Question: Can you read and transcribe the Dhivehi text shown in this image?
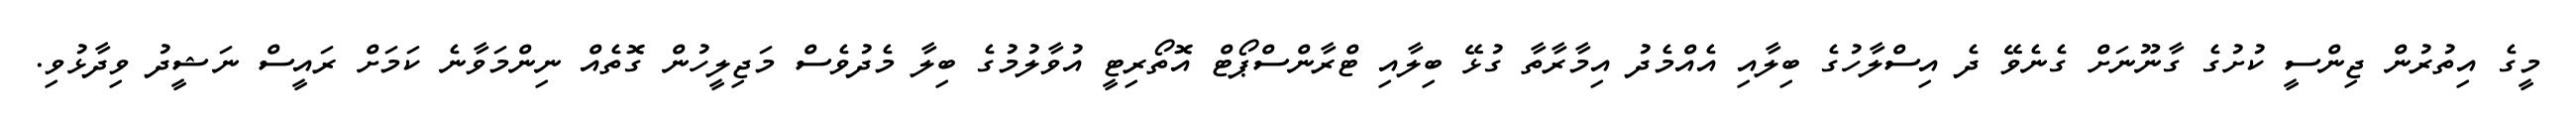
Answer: މީގެ އިތުރުން ޖިންސީ ކުށުގެ ގާނޫނަށް ގެނެވޭ ދެ އިސްލާހުގެ ބިލާއި އެއްމެދު އިމާރާތާ ގުޅޭ ބިލާއި ޓްރާންސްޕޯޓް އޮތޯރިޓީ އުވާލުމުގެ ބިލާ މެދުވެސް މަޖިލީހުން ގޮތެއް ނިންމަވާނެ ކަމަށް ރައީސް ނަޝީދު ވިދާޅުވި.